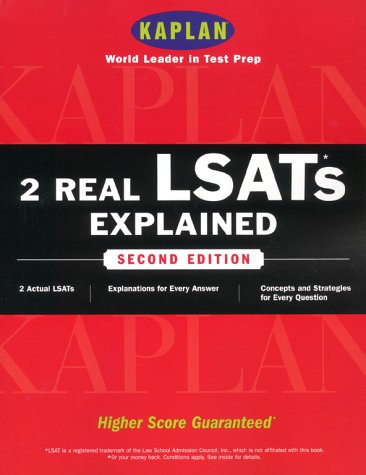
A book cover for Kaplan 2 Real LSATs Explained, Second Edition; Kaplan; Test Preparation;